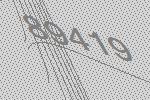
89419